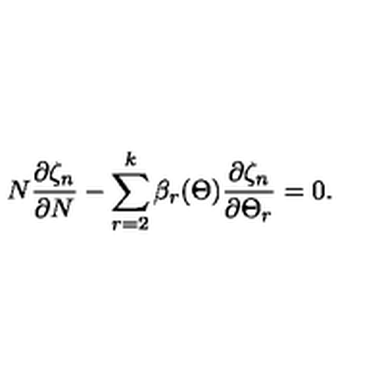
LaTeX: N \frac { \partial \zeta _ { n } } { \partial N } - \sum _ { r = 2 } ^ { k } \beta _ { r } ( \Theta ) \frac { \partial \zeta _ { n } } { \partial \Theta _ { r } } = 0 .